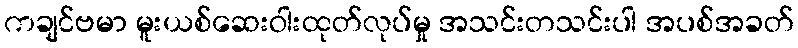
ကချင်ဗမာ မူးယစ်ဆေးဝါးထုတ်လုပ်မှု အသင်းတသင်းပါ အပစ်အခတ်